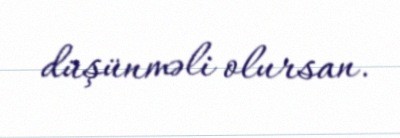
düşünməli olursan.